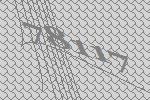
78117